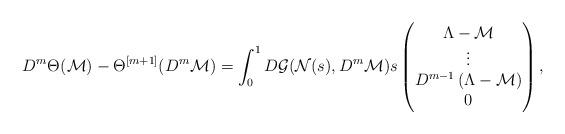
LaTeX: \begin{align*}D^m \Theta^{}(\mathcal{M}) - \Theta^{[m+1]}(D^m \mathcal{M}) &= \int_0^1 D \mathcal{G}(\mathcal{N}(s), D^m \mathcal{M}) s \begin{pmatrix} \Lambda - \mathcal{M} \\ \vdots \\ D^{m-1} \left( \Lambda - \mathcal{M} \right) \\ 0 \end{pmatrix}, \end{align*}